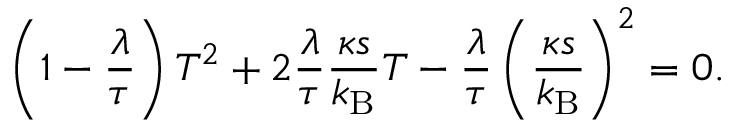
\left( 1 - \frac { \lambda } { \tau } \right) T ^ { 2 } + 2 \frac { \lambda } { \tau } \frac { \kappa s } { k _ { \mathrm { B } } } T - \frac { \lambda } { \tau } \left( \frac { \kappa s } { k _ { \mathrm { B } } } \right) ^ { 2 } = 0 .